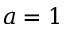
a = 1